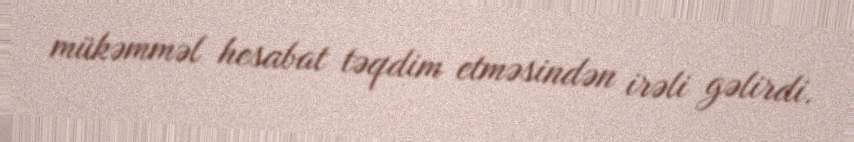
mükəmməl hesabat təqdim etməsindən irəli gəlirdi.